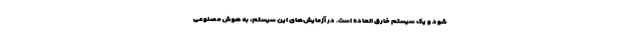
شود و یک سیستم خارق العاده است. در آزمایش‌های این سیستم، به هوش مصنوعی